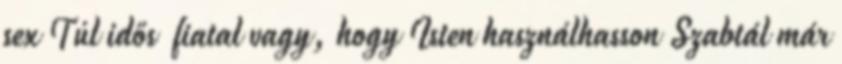
sex Túl idős fiatal vagy, hogy Isten használhasson Szabtál már